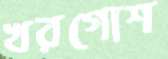
খরগোশ